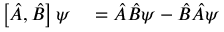
\begin{array} { r l } { \left[ { \hat { A } } , { \hat { B } } \right] \psi } & { { } = { \hat { A } } { \hat { B } } \psi - { \hat { B } } { \hat { A } } \psi } \end{array}